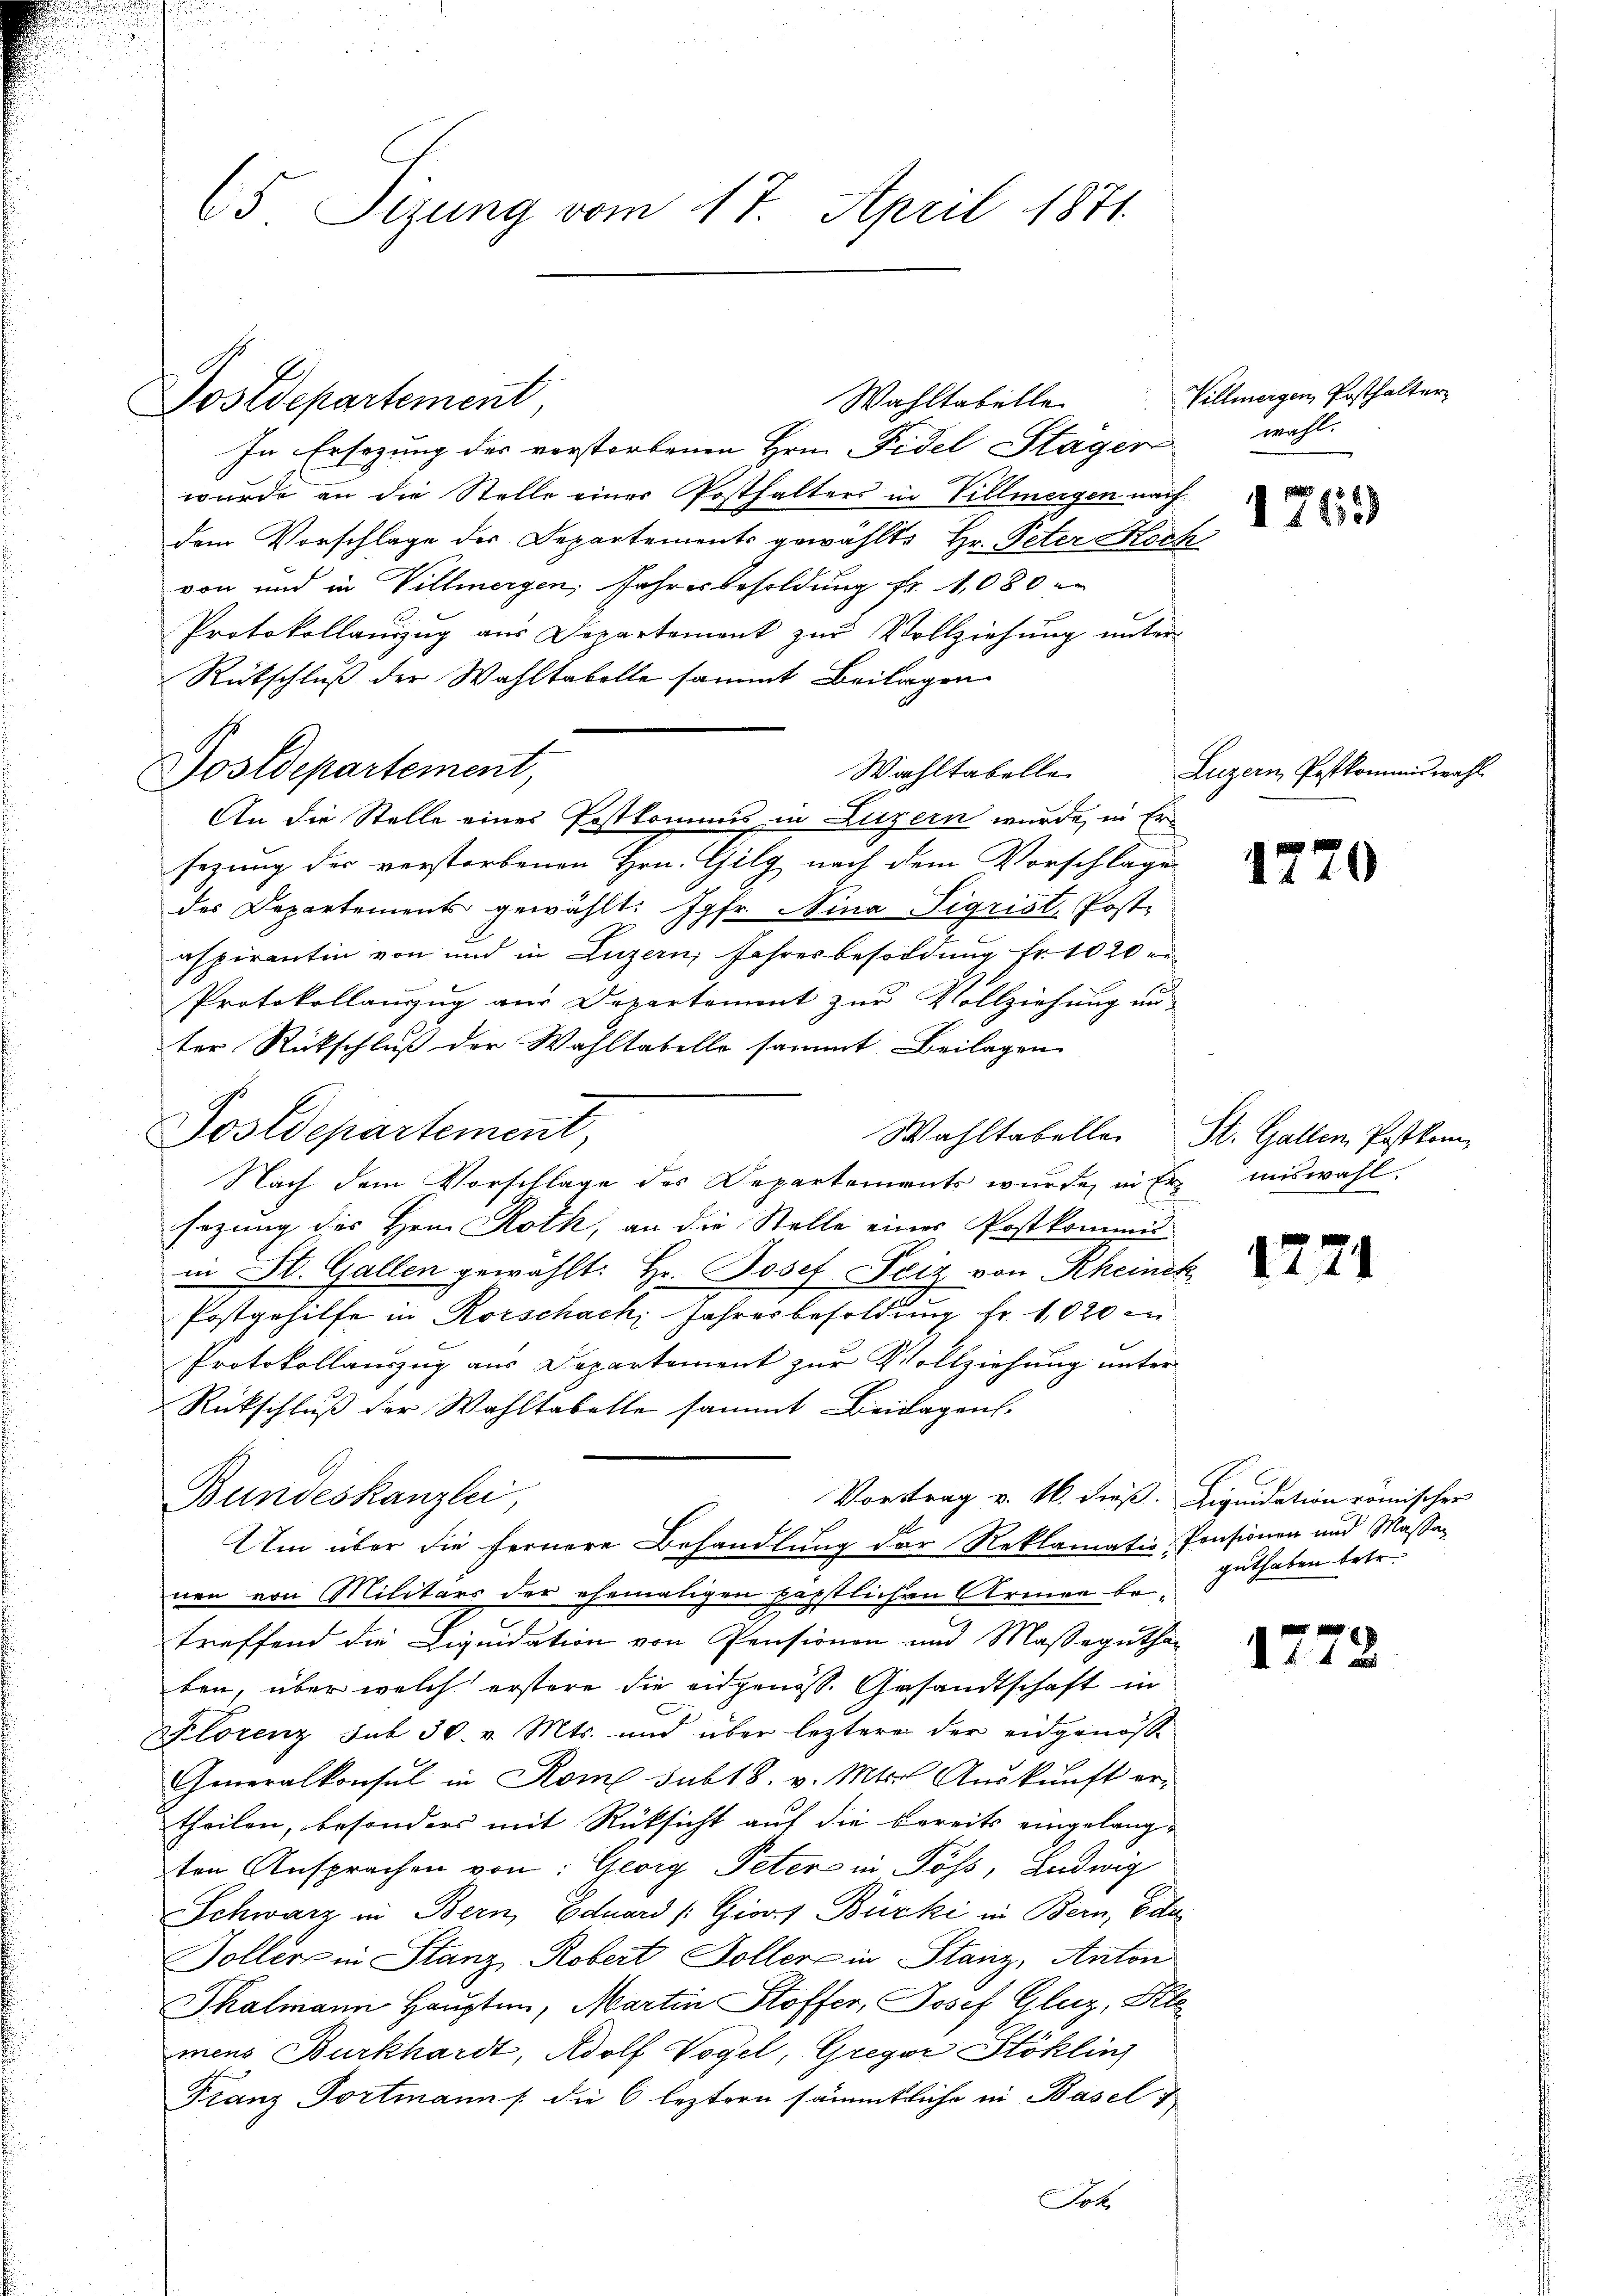
65 Sizung vom 17. April 1871.

Postdepartement

In Ersezung der verstorbenen Hrn. Fidel Stäger
wurde an die Stelle einer Posthalters in Villmergen nachdem Vorschlage der Departements gewählte Hr. Peter Hoch
von und in Villmergen, Jahresbesoldung fr. 1080
Protokollanzug aus Departement zur Vollziehung unter-
Rükschluß der Wahltabelle sammt Beilagen
Wahltabelle
Sostdepartement,
sezung der verstorbenen Hrn. Gilg nach dem Vorschlage
des Departements gewählt: Jgfr. Mina Sigrist, Post-
.
aspirantin von und in Luzern, Jahresbesoldŭng fr. 1020 er-
Protokollauszug aus Departement zur Vollziehung un-
ter Rückschluß der Wahltatelle sammt Beilagen
Postdepartement,
Nach dem Vorschlage des Departements wurde, in Ersezung des Hrn. Roth, an die Stelle eines Postkommis
in St. Gallen gewählt: Hr. Josef Seiz von Rheinek
Postgehilfe in Rorschach, Jahresbesoldung fr. 1020 in
Protokollauszug aus Departement zur Vollziehung unter
Rückschluß der Wahltabelle sammt Beilagen
Vortrag v. M. dieß. Liquidation römischen
Bundeskanzlei,
Um über die fernere Behandlung der Reklamatio Pensionen und Massa-
nen von Militärs der ehemaligen perstlichen Armen betreffend die Liquidation von Pensionen und Masseguthan
ben, über welch erstere die eidgenös. Gesandtschaft in
Florenz sub 30. v. Mts. und über leztere der eidgenössi-
Generalkonsul in Rom sub 18. v. Mts. Auskunft er-
theilen, besonders mit Rücksicht auf die bereits eingelang-
ten Ansprachen von: Georg Peters in Pöss, Ludwig
Schwarz in Bern, Eduard /: Giors Bürki in Bern, Ede
Soller in Stanz Robert Sollerein Stanz, Anton
Thalmann Haupte, Martin Stoffer, Josef Gluz, Alle
mens Burkhardt, Adolf Vogel, Gregor Stoklin
Franz Portmann / die 6 leztern sämmtliche in Basel
Joh.

An die Stelle eines Postkommis in Luzern wurde, in Er¬

Wahltabelle Villmergen Posthalter

wahl.
1763)

Luzern Postkommiswahl.

1770

Wahltabelle St. Gallen Postkommiswahl.

1221

guthaben betr.

1772.